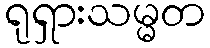
ရုရှားသမ္မတ